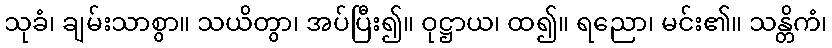
သုခံ၊ ချမ်းသာစွာ။ သယိတွာ၊ အပ်ပြီး၍။ ဝုဋ္ဌာယ၊ ထ၍။ ရညော၊ မင်း၏။ သန္တိကံ၊